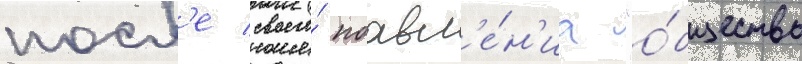
посл'е своего́ поавл'е́н'иа "о́бщество